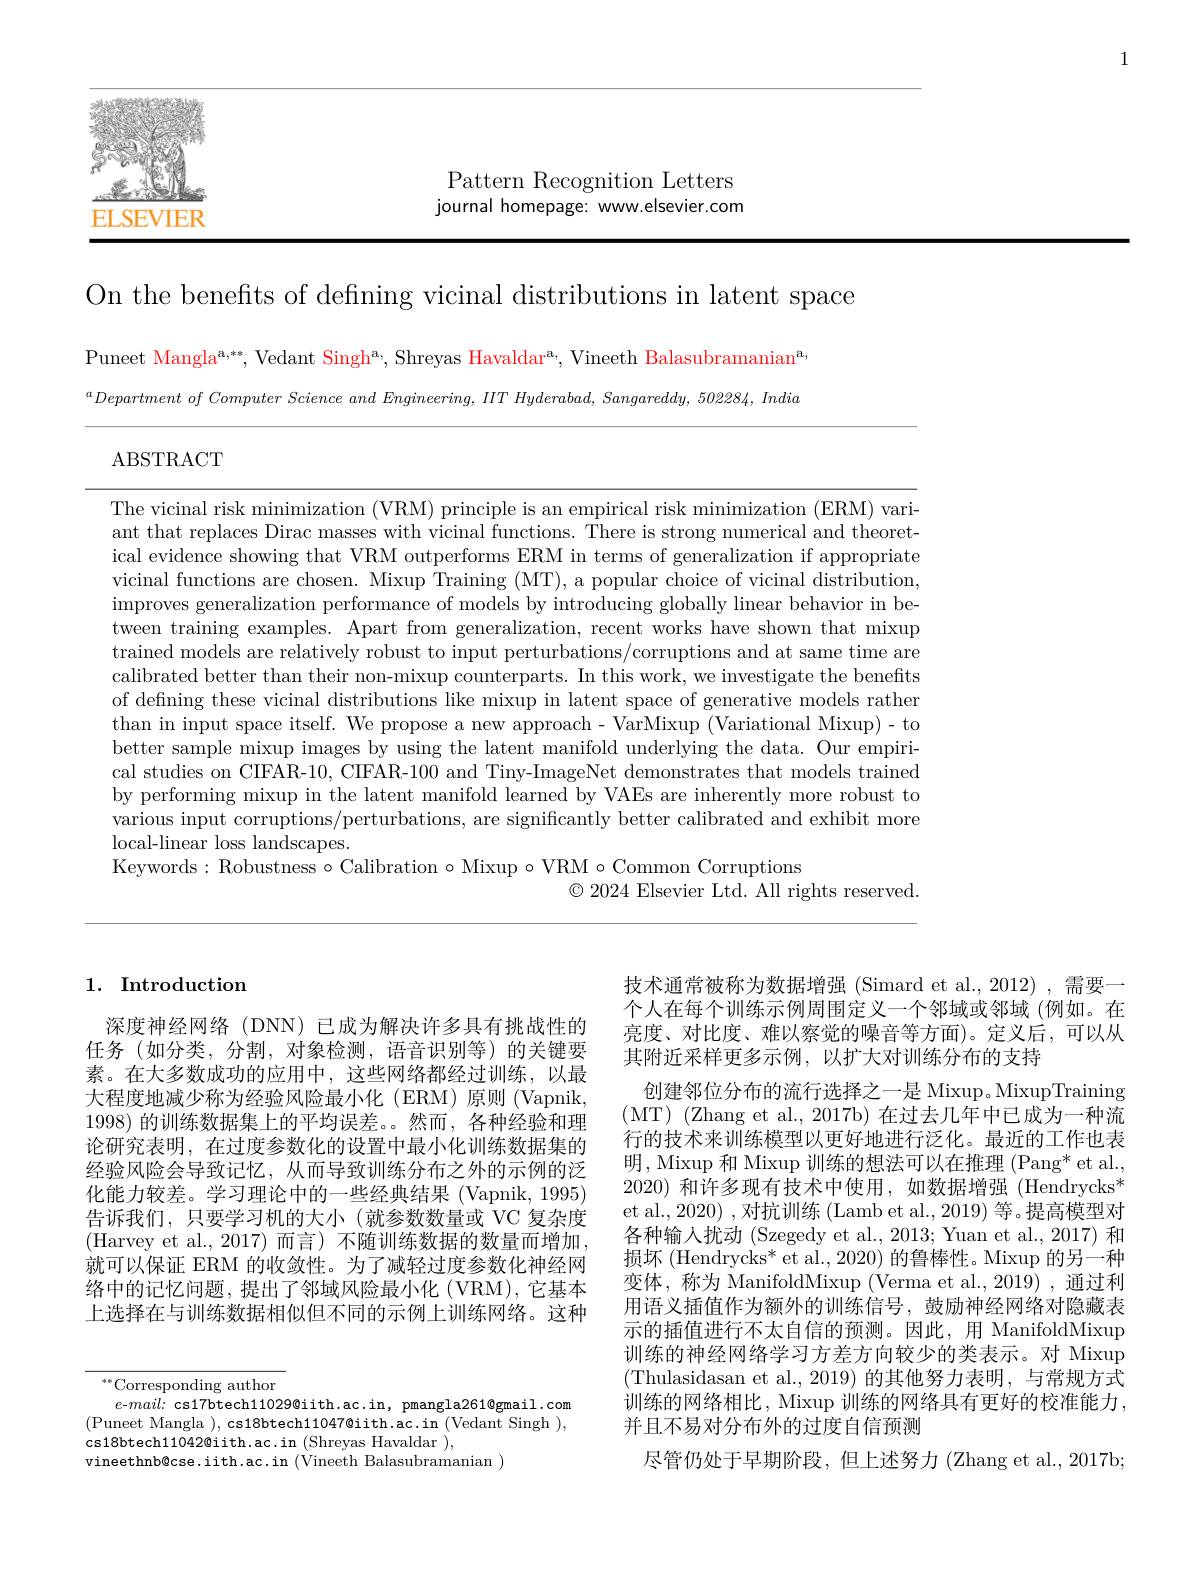
1

$a_{n-1}=a_{n-1}$ 23期間間的一個名爲一個人口爲1911年1月1日本的$f(x)=f(x)$ ELSEVIER

Pattern Recognition Letters journal homepage: www.elsevier.com

On the benefits of defining vicinal distributions in latent space

Puneet Mangla$^\text{a,**}$,Vedant Singh$^\text{a, Shreyas Havaldar}^\text{a, Vineeth Balasubramanian}^{\text{a,}}$ $^{a}Department$ of Computer Science and Engineering, IIT Hyderabad, Sangareddy, 502284, India

ABSTRACT

The vicinal risk minimization (VRM) principle is an empirical risk minimization (ERM) variant that replaces Dirac masses with vicinal functions. There is strong numerical and theoretical evidence showing that VRM outperforms ERM in terms of generalization if appropriate vicinal functions are chosen. Mixup Training (MT), a popular choice of vicinal distribution, improves generalization performance of models by introducing globally linear behavior in between training examples. Apart from generalization, recent works have shown that mixup trained models are relatively robust to input perturbations/corruptions and at same time are calibrated better than their non-mixup counterparts. In this work, we investigate the benefits of defining these vicinal distributions like mixup in latent space of generative models rather than input space itself. We propose a new approach- VarMixup (Variational Mixup)- to better sample mixup images by using the latent manifold underlying the data. Our empirical studies on CIFAR-10, CIFAR-100 and Tiny-ImageNet demonstrates that models trained by performing mixup in the latent manifold learned by VAEs are inherently more robust to various input corruptions/perturbations, are significantly better calibrated and exhibit more local-linear loss landscapes.
Keywords: Robustness $\circ$ Calibration $\circ$ Mixup $\circ$VRM $\circ$Common Corruptions
$\textcircled{\circ}$ 2024 Elsevier Ltd. All rights reserved.

## 1. Introduction

深度神经网络(DNN)已成为解决许多具有挑战性的任务(如分类，分割，对象检测，语音识别等)的关键要素。在大多数成功的应用中，这些网络都经过训练，以最大程度地减少称为经验风险最小化(ERM)原则(Vapnik, 1998)的训练数据集上的平均误差。。然而，各种经验和理论研究表明，在过度参数化的设置中最小化训练数据集的经验风险会导致记忆，从而导致训练分布之外的示例的泛化能力较差。学习理论中的一些经典结果(Vapnik,1995) 告诉我们，只要学习机的大小(就参数数量或 VC 复杂度(Harvey et al.,2017)而言)不随训练数据的数量而增加， 就可以保证 ERM 的收敛性。为了减轻过度参数化神经网络中的记忆问题，提出了邻域风险最小化 (VRM),它基本上选择在与训练数据相似但不同的示例上训练网络。这种

$^{**}$Corresponding author
$e$-$mail:$cs17btech11029@iith.ac.in,pmangla261@gmail.com (Puneet Mangla ),cs18btech11047@iith.ac.in$(\bar\text{Vedant Singh})$, cs18btech11042@iith.ac.in (Shreyas Havaldar ),
vineethnb@cse.iith.ac.in (Vineeth Balasubramanian )

技术通常被称为数据增强(Simard et al.,2012),需要一个人在每个训练示例周围定义一个邻域或邻域(例如。在亮度、对比度、难以察觉的噪音等方面)。定义后，可以从其附近采样更多示例，以扩大对训练分布的支持
创建邻位分布的流行选择之一是 Mixup。MixupTraining (MT) (Zhang et al., 2017b) 在过去几年中已成为一种流行的技术来训练模型以更好地进行泛化。最近的工作也表明，Mixup 和 Mixup 训练的想法可以在推理 (Pang* et al., 2020)和许多现有技术中使用，如数据增强(Hendrycks$^*$ et al., 2020) , 对抗训练 (Lamb et al., 2019) 等。提高模型对各种输入扰动 (Szegedy et al., 2013; Yuan et al., 2017) 和损坏 (Hendrycks* et al., 2020) 的鲁棒性。Mixup 的另一种变体，称为 ManifoldMixup (Verma et al.,2019) ,通过利用语义插值作为额外的训练信号，鼓励神经网络对隐藏表示的插值进行不太自信的预测。因此，用 ManifoldMixup 训练的神经网络学习方差方向较少的类表示。对 Mixup (Thulasidasan et al.,2019)的其他努力表明，与常规方式训练的网络相比，Mixup 训练的网络具有更好的校准能力， 并且不易对分布外的过度自信预测
尽管仍处于早期阶段，但上述努力 (Zhang et al., 2017b;